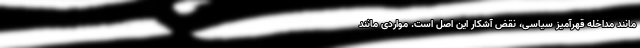
مانند مداخله قهرآمیزِ سیاسی، نقض آشکار این اصل است. مواردی مانند